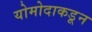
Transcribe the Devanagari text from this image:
योमोदाकडून